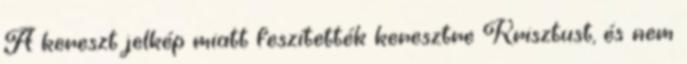
A kereszt jelkép miatt feszítették keresztre Krisztust, és nem